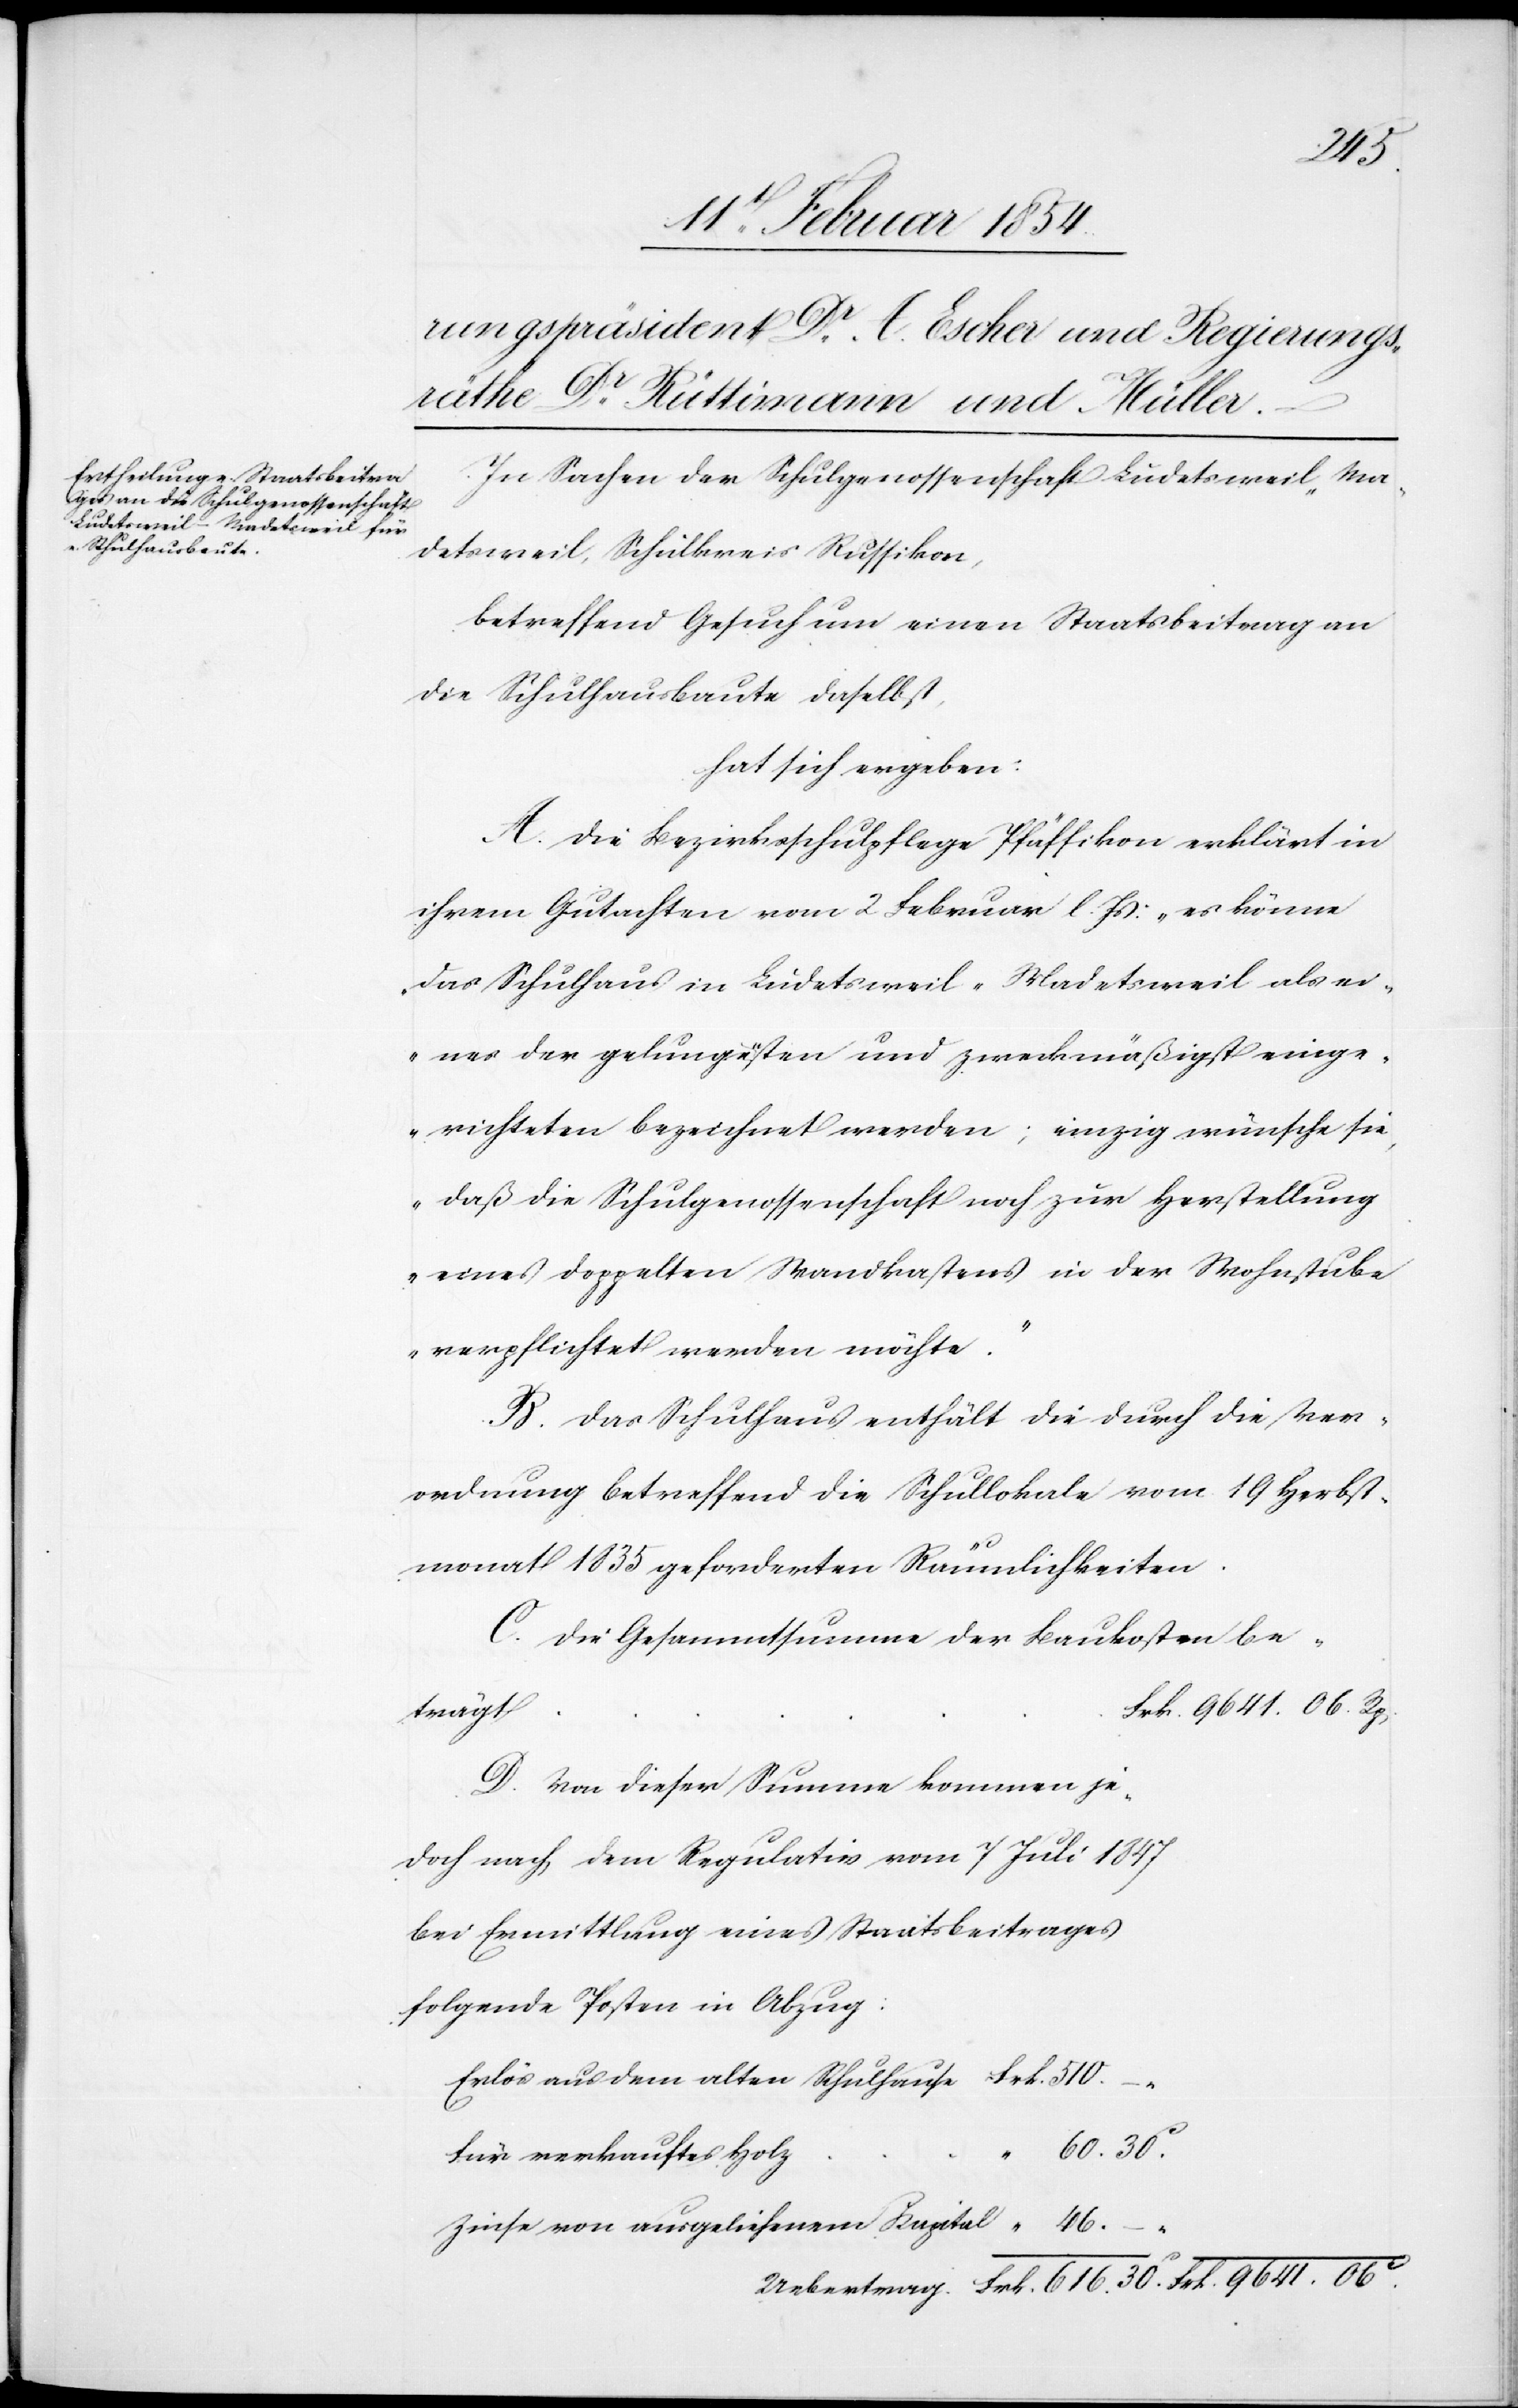
______________

Frk.
In Sachen der Schulgenossenschaft Ludetsweil-Ma¬
detsweil, Schulkreis Russikon,
betreffend Gesuch um einen Staatsbeitrag an
die Schulhausbaute daselbst,
hat sich ergeben:
A. Die Bezirksschulpflege Pfäffikon erklärt in
ihrem Gutachten vom 2 Februar l. Js: „es könne
das Schulhaus in Ludetsweil-Madetsweil als ei¬
nes der gelungesten und zweckmäßigst einge¬
richteten bezeichnet werden; einzig wünsche sie,
daß die Schulgenossenschaft noch zur Herstellung
eines doppelten Wandkastens in der Wohnstube
„
verpflichtet werden möchte.“
B. Das Schulhaus enthält die durch die Ver¬
ordnung betreffend die Schullokale vom 19 Herbst¬
monat 1835 geforderten Räumlichkeiten.
C. Die Gesammtsumme der Baukosten be¬
Frk. 9641.06c.
trägt
D. Von dieser Summe kommen je¬
doch nach dem Regulativ vom 7 Juli 1847
bei Ermittlung eines Staatsbeitrages
folgende Posten in Abzug:
Erlös aus dem alten Schulhause
60.30.c
Für verkauftes Holz
Zinse von ausgeliehenem Kapital